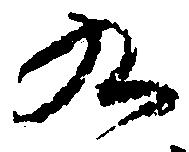
九